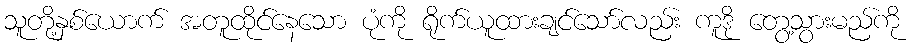
သူတို့နှစ်ယောက် အတူထိုင်နေသော ပုံကို ရိုက်ယူထားချင်သော်လည်း ကူဒို တွေ့သွားမည်ကို